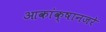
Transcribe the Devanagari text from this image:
आकांक्षानजरे